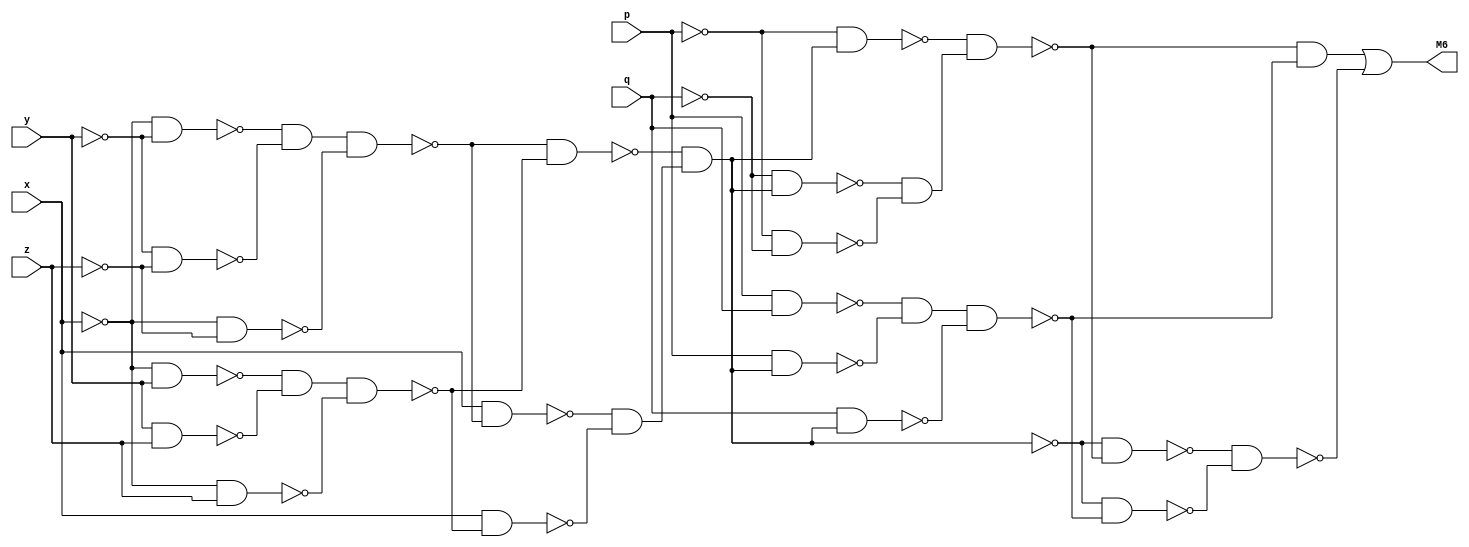
// Benchmark "top" written by ABC on Fri Sep  4 10:02:12 2020

module top ( 
    x, y, z, p, q,
    M6  );
  input  x, y, z, p, q;
  output M6;
  wire new_n7_, new_n8_, new_n9_, new_n10_, new_n11_, new_n12_, new_n13_,
    new_n14_, new_n15_, new_n16_, new_n17_, new_n18_, new_n19_, new_n20_,
    new_n21_, new_n22_, new_n23_, new_n24_, new_n25_, new_n26_, new_n27_,
    new_n28_, new_n29_, new_n30_, new_n31_, new_n32_, new_n33_, new_n34_,
    new_n35_;
  assign new_n7_ = ~x & ~y;
  assign new_n8_ = ~y & ~z;
  assign new_n9_ = ~new_n7_ & ~new_n8_;
  assign new_n10_ = ~x & ~z;
  assign new_n11_ = new_n9_ & ~new_n10_;
  assign new_n12_ = ~x & y;
  assign new_n13_ = y & z;
  assign new_n14_ = ~new_n12_ & ~new_n13_;
  assign new_n15_ = ~x & z;
  assign new_n16_ = new_n14_ & ~new_n15_;
  assign new_n17_ = ~new_n11_ & ~new_n16_;
  assign new_n18_ = x & ~new_n11_;
  assign new_n19_ = x & ~new_n16_;
  assign new_n20_ = ~new_n18_ & ~new_n19_;
  assign new_n21_ = ~new_n17_ & new_n20_;
  assign new_n22_ = ~p & new_n21_;
  assign new_n23_ = ~q & new_n21_;
  assign new_n24_ = ~p & ~q;
  assign new_n25_ = ~new_n23_ & ~new_n24_;
  assign new_n26_ = ~new_n22_ & new_n25_;
  assign new_n27_ = p & q;
  assign new_n28_ = p & new_n21_;
  assign new_n29_ = ~new_n27_ & ~new_n28_;
  assign new_n30_ = q & new_n21_;
  assign new_n31_ = new_n29_ & ~new_n30_;
  assign new_n32_ = ~new_n26_ & ~new_n31_;
  assign new_n33_ = ~new_n21_ & ~new_n26_;
  assign new_n34_ = ~new_n21_ & ~new_n31_;
  assign new_n35_ = ~new_n33_ & ~new_n34_;
  assign M6 = new_n32_ | ~new_n35_;
endmodule